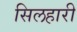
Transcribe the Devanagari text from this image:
सिलहारी